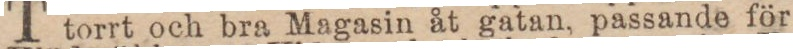
torrt och bra Magasin åt gatan, passande för